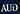
aud